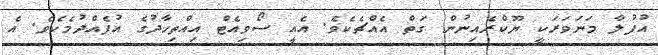
އުފުލާ މަނަވަރަކީ ޔޫކްރެއިނުން ގަތް އެއްޗެކެވެ. އެއީ ސޯވިއެޓް އިއްތިހާދުގެ އުފެއްދުމެކެވެ. އެ